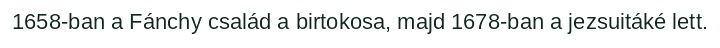
1658-ban a Fánchy család a birtokosa, majd 1678-ban a jezsuitáké lett.